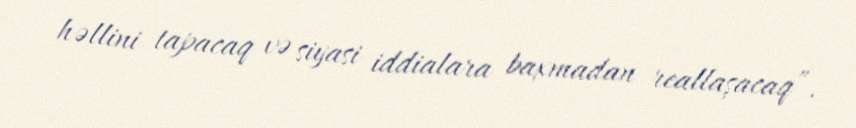
həllini tapacaq və siyasi iddialara baxmadan reallaşacaq”.